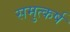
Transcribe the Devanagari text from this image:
समुत्कर्ष